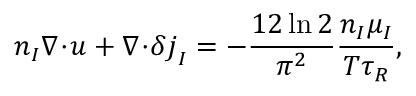
n _ { I } \boldsymbol { \nabla } \! \cdot \! \boldsymbol { u } + \boldsymbol { \nabla } \! \cdot \! \delta \boldsymbol { j } _ { I } = - \frac { 1 2 \ln 2 } { \pi ^ { 2 } } \frac { n _ { I } \mu _ { I } } { T \tau _ { R } } ,